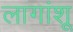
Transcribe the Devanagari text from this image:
लागांशू